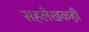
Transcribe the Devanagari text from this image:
सहलेखकही